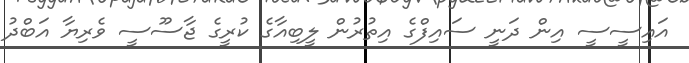
އައިސީސީ އިން ދަނީ ސައިފްގެ އިތުރުން ލީބިއާގެ ކުރީގެ ޖާސޫސީ ވެރިޔާ އަބްދު